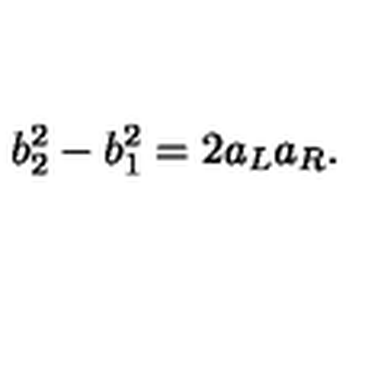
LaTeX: b _ { 2 } ^ { 2 } - b _ { 1 } ^ { 2 } = 2 a _ { L } a _ { R } .